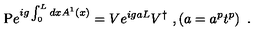
\mathrm { P } e ^ { i g \int _ { 0 } ^ { L } d x A ^ { 1 } ( x ) } = V e ^ { i g a L } V ^ { \dagger } \ , \left( a = a ^ { p } t ^ { p } \right) \ .